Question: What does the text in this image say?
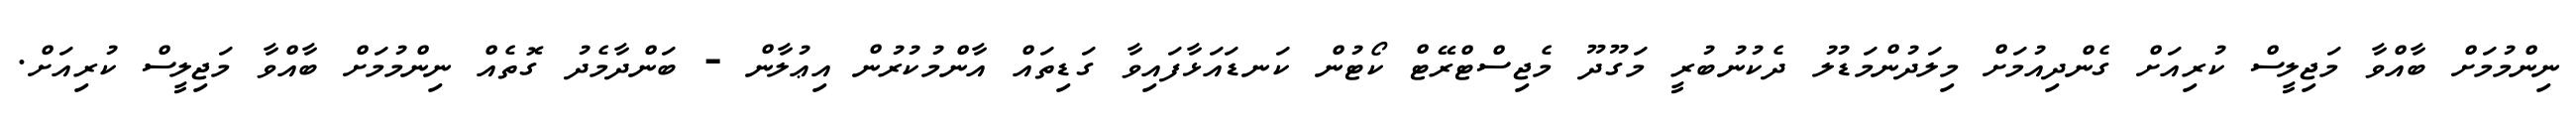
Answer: ނިންމުމަށް ބާއްވާ މަޖިލީސް ކުރިއަށް ގެންދިއުމަށް މިލަދުންމަޑުލު ދެކުނުބުރީ މަގޫދޫ މެޖިސްޓްރޭޓް ކޯޓުން ކަނޑައަޅާފައިވާ ގަޑިތައް އާންމުކުރުން އިޢުލާން - ބަންދާމެދު ގޮތެއް ނިންމުމަށް ބާއްވާ މަޖިލީސް ކުރިއަށް.